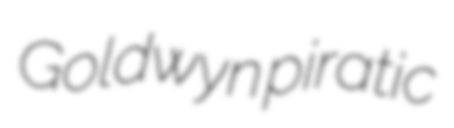
Goldwyn piratic